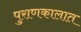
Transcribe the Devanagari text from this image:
पुराणकालात